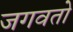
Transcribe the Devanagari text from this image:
जगवतो